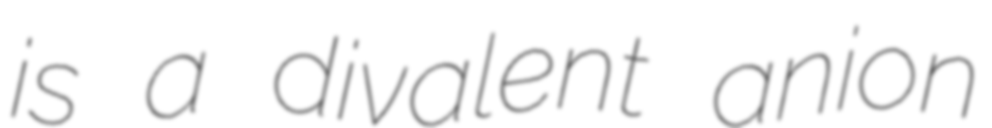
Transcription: is a divalent anion